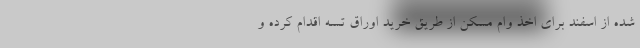
شده از اسفند برای اخذ وام مسکن از طریق خرید اوراق تسه اقدام کرده و